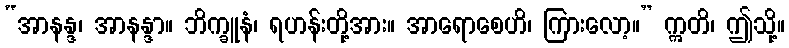
“အာနန္ဒ၊ အာနန္ဒာ။ ဘိက္ခူနံ၊ ရဟန်းတို့အား။ အာရောစေဟိ၊ ကြားလော့။” ဣတိ၊ ဤသို့။